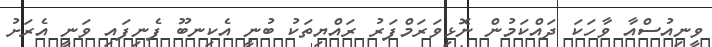
ވީނިއުސްއާ ވާހަކަ ދައްކަމުން ނޮޅިވަރަމްފަރު ރައްޔިތަކު ބުނީ އެކިނބޫ ފެނިފައި ވަނީ އެރަށު